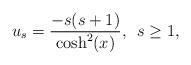
LaTeX: \begin{align*} u_s=\frac{-s(s+1)}{\cosh^2(x)},\,\,\, s\geq 1,\end{align*}